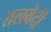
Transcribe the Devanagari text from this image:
तलवेदी